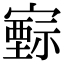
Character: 𡫚